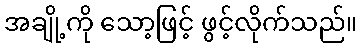
အချို့ကို သော့ဖြင့် ဖွင့်လိုက်သည်။